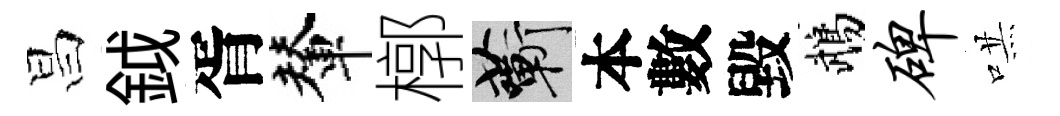
昌鉞胥輦槨蔪本數毀鵡碑哄